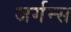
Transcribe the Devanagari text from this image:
जर्गन्स